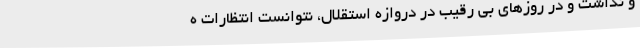
و نداشت و در روزهای بی رقیب در دروازه استقلال، نتوانست انتظارات ه